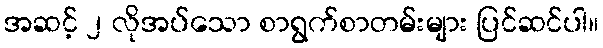
အဆင့် ၂ လိုအပ်သော စာရွက်စာတမ်းများ ပြင်ဆင်ပါ။